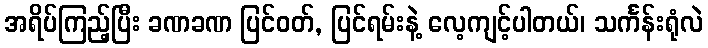
အရိပ်ကြည့်ပြီး ခဏခဏ ပြင်ဝတ်, ပြင်ရမ်းနဲ့ လေ့ကျင့်ပါတယ်၊ သင်္ကန်းရုံလဲ